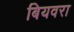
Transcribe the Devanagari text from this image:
बियवरा